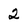
Character: 2